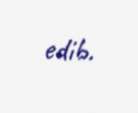
edib.